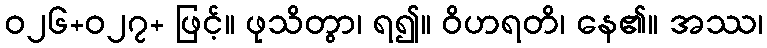
ဝ၂၆+၀၂၇+ ဖြင့်။ ဖုသိတွာ၊ ရ၍။ ဝိဟရတိ၊ နေ၏။ အဿ၊